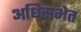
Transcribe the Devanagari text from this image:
अधिसभेत